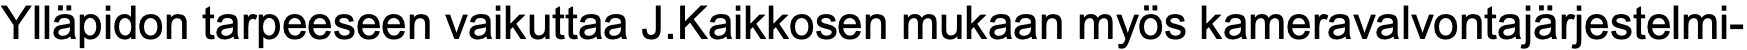
Ylläpidon tarpeeseen vaikuttaa J.Kaikkosen mukaan myös kameravalvontajärjestelmi-